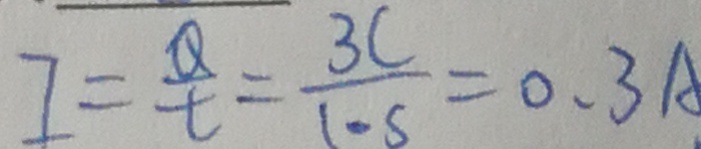
I = \frac { Q } { t } = \frac { 3 C } { 1 \cdots } = 0 . 3 A .